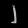
Digit: ၂